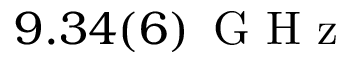
9 . 3 4 ( 6 ) \ensuremath { \, \mathrm { ~ G ~ H ~ z ~ } }